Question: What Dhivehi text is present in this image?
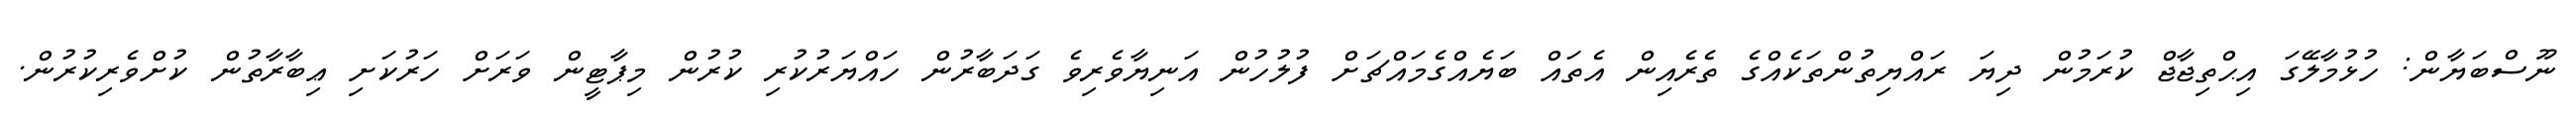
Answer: ނޫސްބަޔާން: ހުޅުމާލޭގަ އިޙްތިޖާޖް ކުރަމުން ދިޔަ ރައްޔިތުންތަކެއްގެ ތެރެއިން އެތައް ބަޔެއްގެމައްޗަށް ފުލުހުން އަނިޔާވެރިވެ ގަދަބާރުން ހައްޔަރުކުރި ކުރުން މިޕާޓީން ވަރަށް ހަރުކަށި ޢިބާރާތުން ކުށްވެރިކުރުން.